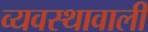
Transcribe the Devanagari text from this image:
व्यवस्थावाली